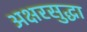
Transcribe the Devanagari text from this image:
अक्षरसुद्धा